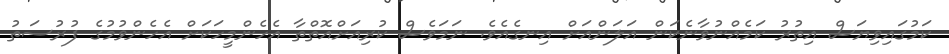
ކަމުގައިވިޔަސް އިތުރު ކަމެއްނުވާނެކަން އަލަންއަށް އިނގެއެވެ. ނަމަވެސް ކުރިއަށްއޮތްތާ އެހެންމީހަކަށް އެހެންވުމުގެ ފުރުސަތު